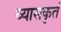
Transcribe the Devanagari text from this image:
व्यासकृतं